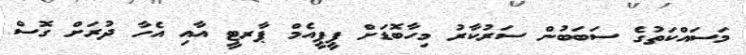
މަސައްކަތުގެ ސަބަބުން ސަރުކާރު މިހާބޮޑަށް ޕީޕީއެމް ޕާރޓީ އާއި އެހާ ދުރަށް ގޮސް